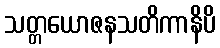
သတ္တယောဇနသတိကာနိပိ